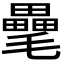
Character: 𣰭